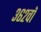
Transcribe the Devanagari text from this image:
३६२वॉ